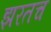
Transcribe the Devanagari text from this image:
झरतच